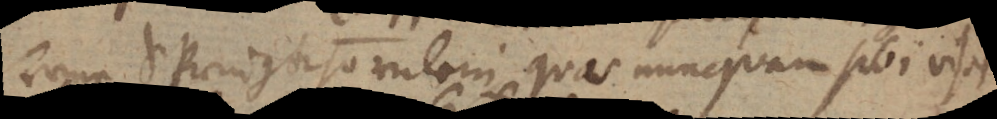
serne Springkhornlein, quas nunquam sibi visas